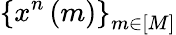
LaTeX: \left\{ x^{n}\left(m\right)\right\} _{m\in\left[M\right]}